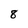
Character: 8